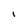
Character: l